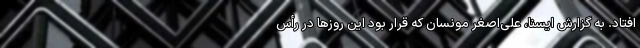
افتاد. به گزارش ایسنا، علی‌اصغر مونسان که قرار بود این روزها در رأس